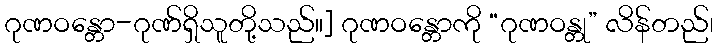
ဂုဏဝန္တော-ဂုဏ်ရှိသူတို့သည်။] ဂုဏဝန္တောကို “ဂုဏဝန္တု” လိန်တည်၊